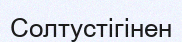
Солтустігінен